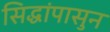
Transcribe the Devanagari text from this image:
सिद्धांपासुन